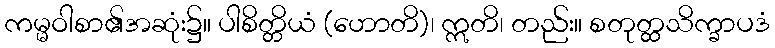
ကမ္မဝါစာ၏အဆုံး၌။ ပါစိတ္တိယံ (ဟောတိ)၊ ဣတိ၊ တည်း။ စတုတ္ထသိက္ခာပဒံ